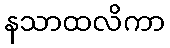
နသာထလိကာ